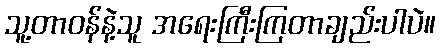
သူ့တာဝန်နဲ့သူ အရေးကြီးကြတာချည်းပါပဲ။